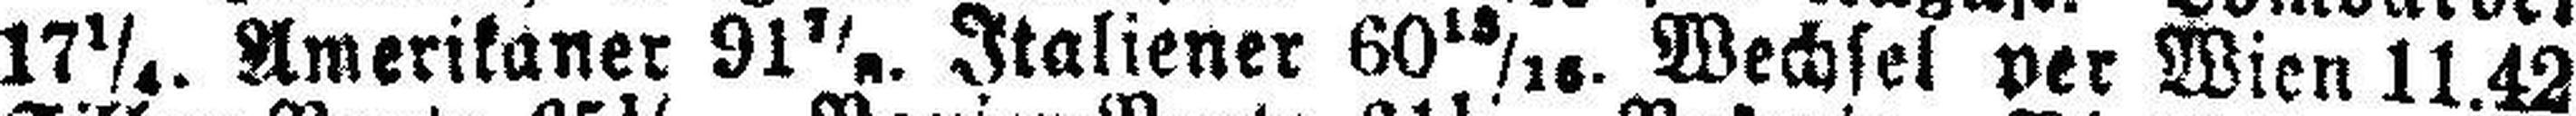
17¼. Amerikaner 91 7/8. Italiener 60 13/16. Wechsel per Wien 11.42.